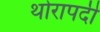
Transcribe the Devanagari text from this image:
थोरापदी